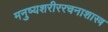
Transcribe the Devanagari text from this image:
मनुष्यशरीररचनाशास्त्र